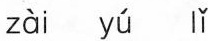
zài yǘ lǐ